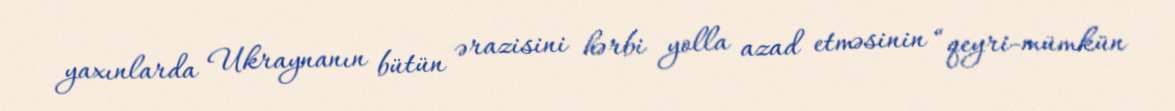
yaxınlarda Ukraynanın bütün ərazisini hərbi yolla azad etməsinin “qeyri-mümkün